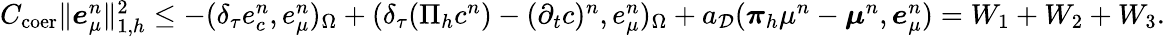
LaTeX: \begin{array}{r}{C_{\mathrm{coer}}\| \boldsymbol{e}_{\mu}^{n}\| _{1,h}^{2}\leq-(\delta_{\tau}e_{c}^{n},e_{\mu}^{n})_{\Omega}+(\delta_{\tau}(\Pi_{h}c^{n})-(\partial_{t}c)^{n},e_{\mu}^{n})_{\Omega}+a_{\mathcal{D}}(\boldsymbol{\pi}_{h}\mu^{n}-\boldsymbol{\mu}^{n},\boldsymbol{e}_{\mu}^{n})=W_{1}+W_{2}+W_{3}.}\end{array}